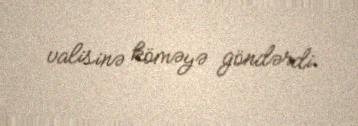
valisinə köməyə göndərdi.